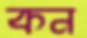
কন